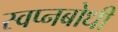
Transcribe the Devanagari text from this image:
स्वप्नबोधी